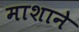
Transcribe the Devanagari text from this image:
माशाने